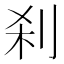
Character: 刹